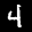
Label: 4